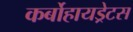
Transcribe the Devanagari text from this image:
कर्बोहायड्रेटस